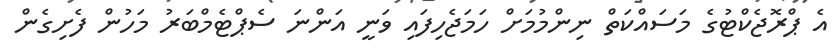
އެ ޕްރޮޖެކްޓުގެ މަސައްކަތް ނިންމުމަށް ހަމަޖެހިފައި ވަނީ އަންނަ ސެޕްޓެމްބަރު މަހުން ފެށިގެން